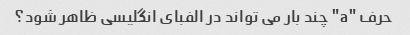
حرف "a" چند بار می تواند در الفبای انگلیسی ظاهر شود؟